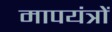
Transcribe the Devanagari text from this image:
मापयंत्रों